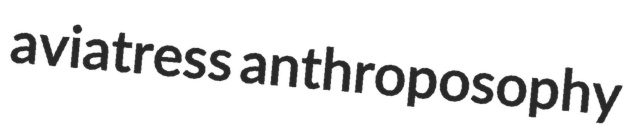
aviatress anthroposophy